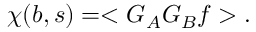
\chi ( b , s ) = < G _ { A } G _ { B } f > .